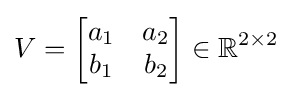
V={\begin{bmatrix}a_{1}&a_{2}\\b_{1}&b_{2}\end{bmatrix}}\in \mathbb {R} ^{2\times 2}